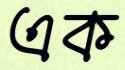
এক